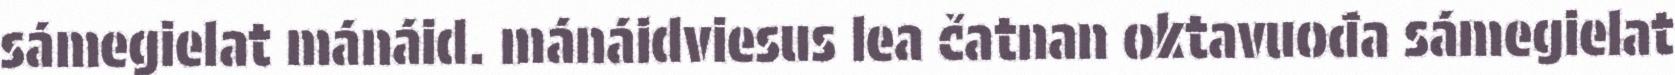
sámegielat mánáid. mánáidviesus lea čatnan oktavuođa sámegielat